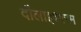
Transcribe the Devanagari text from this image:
दौलाइश्वरम